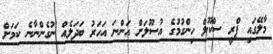
މާލޭގައި ޕްރީ ސްކޫލް ހިންގުމުގެ އުސޫލަށް އަންނަ އަހަރު ބަދަލެއް ނުގެންނާނެ ކަމަށް